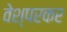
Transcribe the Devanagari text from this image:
वेश्परकर